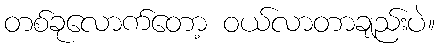
တစ်ခုလောက်တော့ ဝယ်လာတာချည်းပဲ။